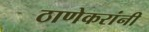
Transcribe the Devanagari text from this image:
ठाणेकरांनी